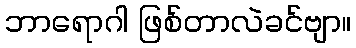
ဘာရောဂါ ဖြစ်တာလဲခင်ဗျာ။